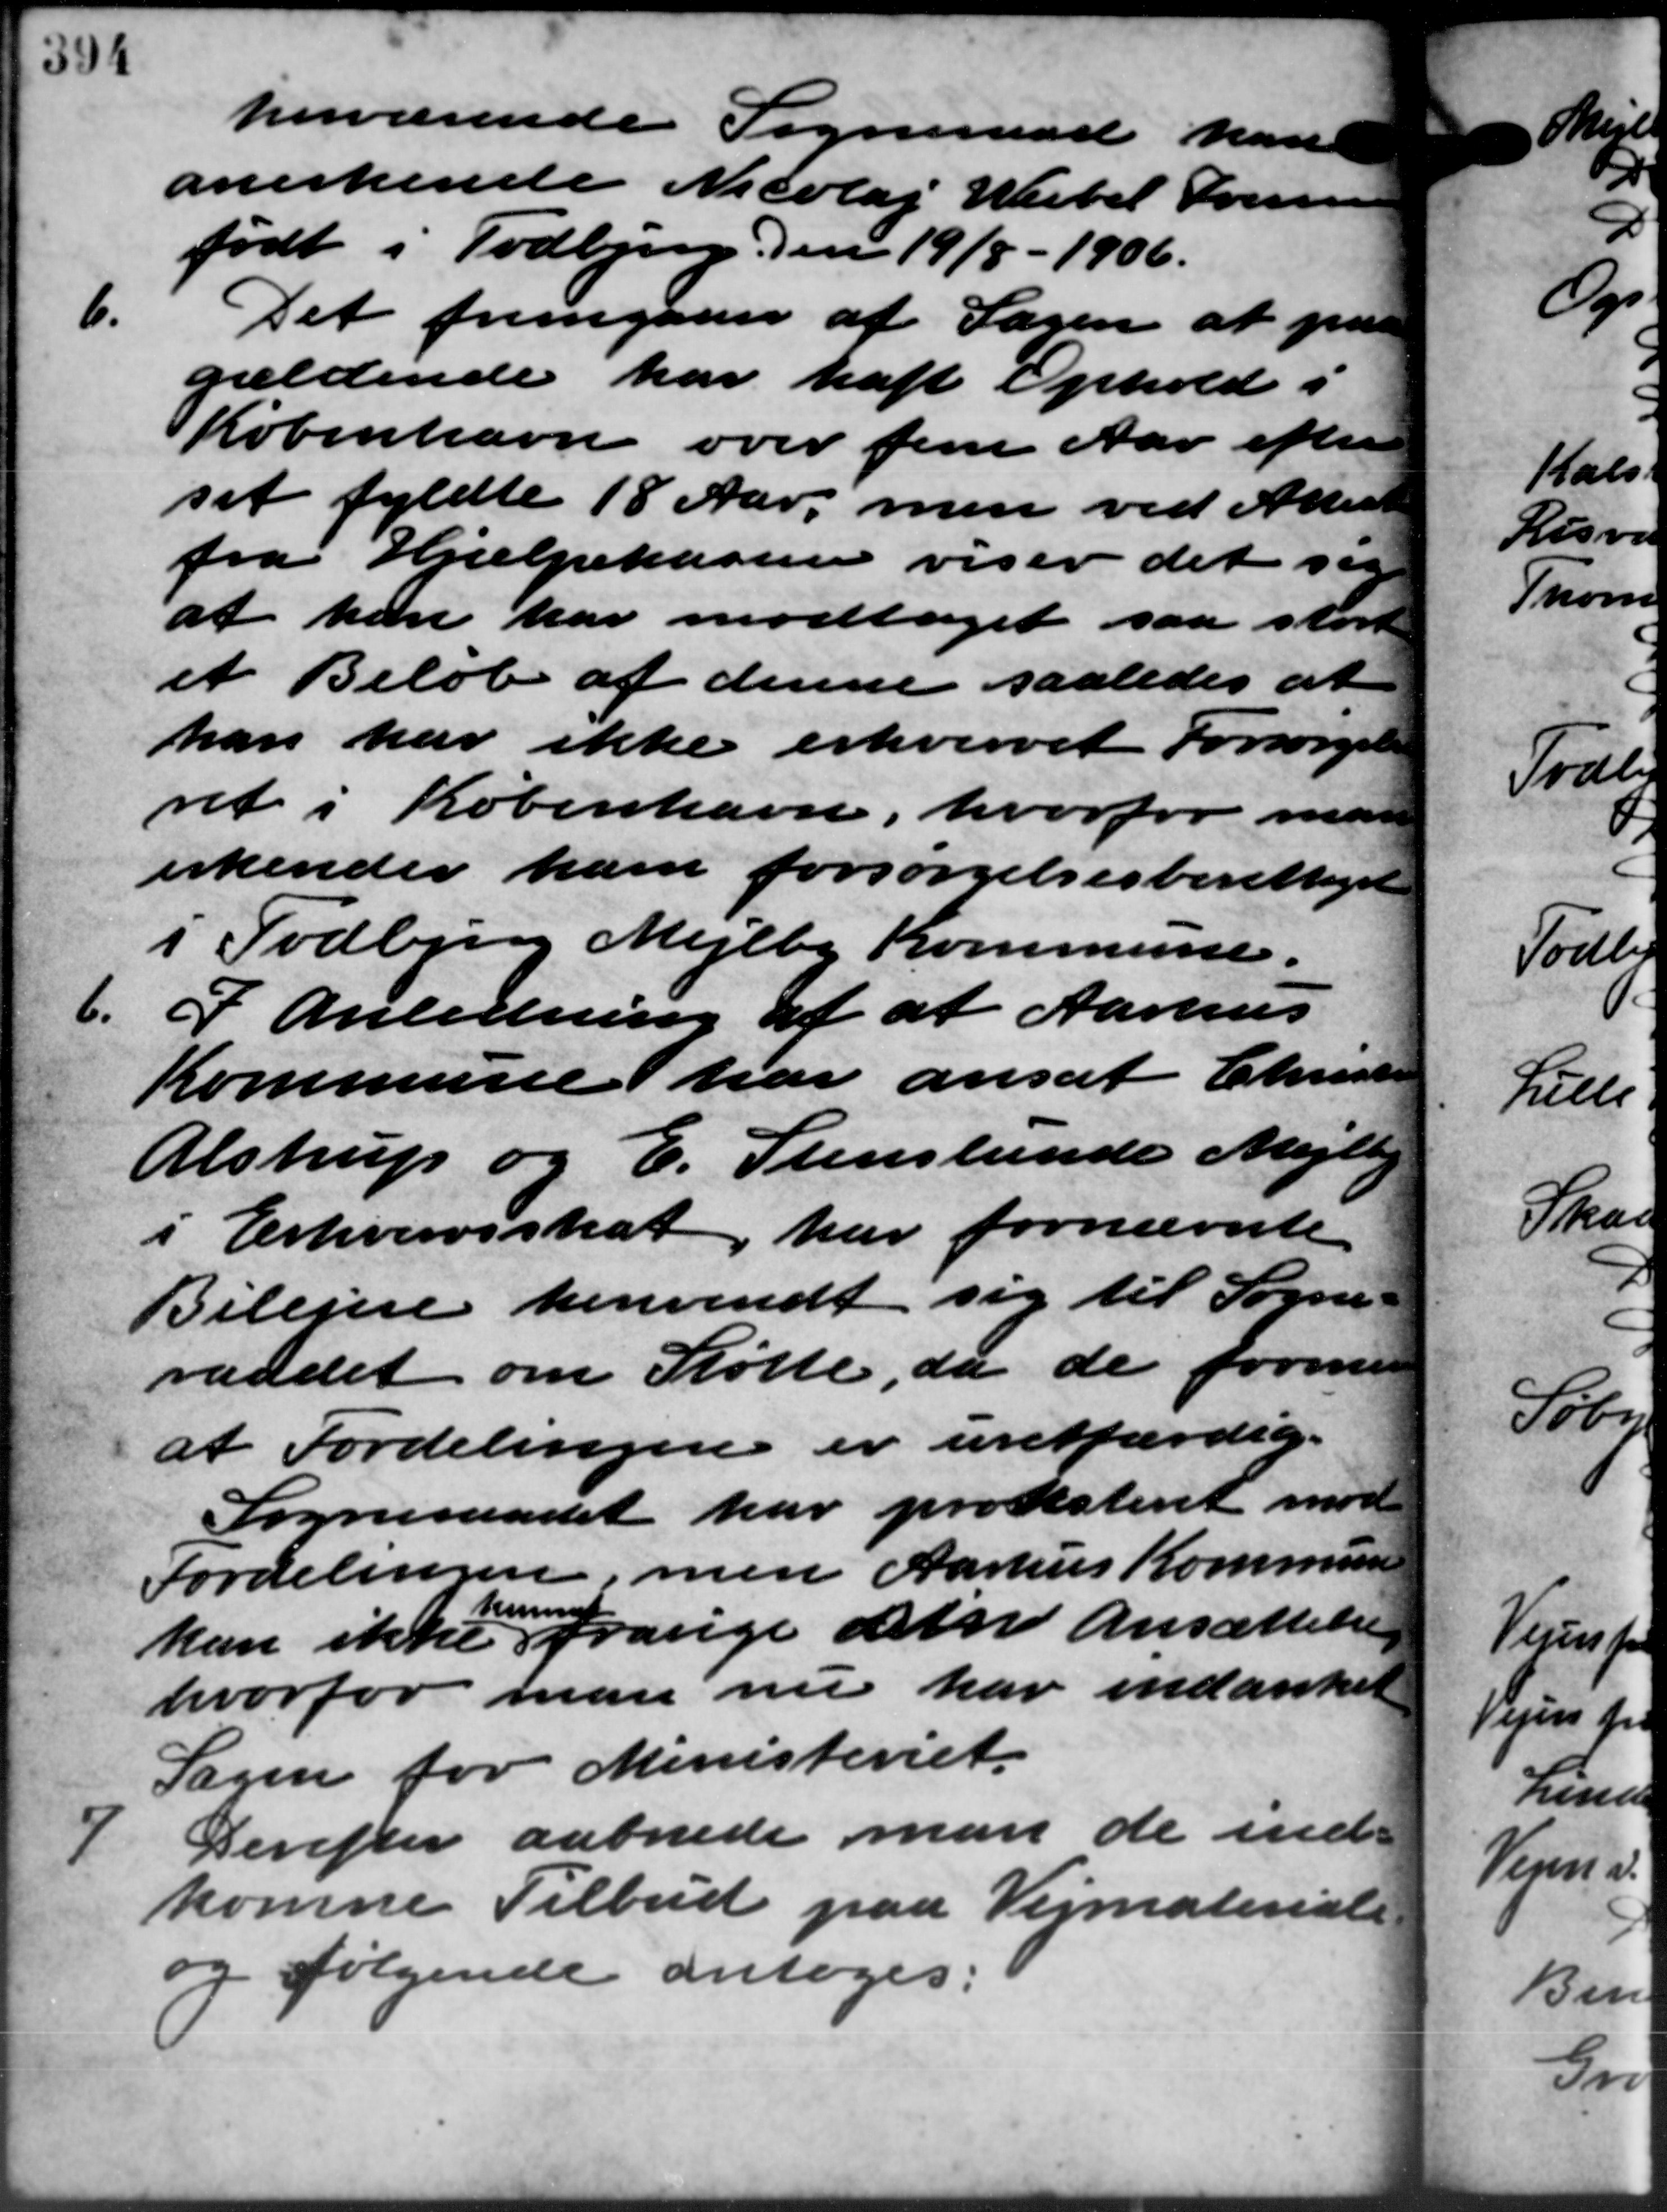
Transskription:
herværende Sogneraad kan
anerkende Nicolaj Wibel Sørensen
født i Todbjerg den 19/8 – 1906.
6.
Det fremgaaer af Sagen at paa
gældende har haft Ophold i
København over fem Aar efter
set fyldte 18 Aar, men ved Attest
fra Hjælpekassen viser det sig
at han har modtaget saa stort
et Beløb af denne saaledes at
han har ikke erhvervet Forsørgelse
ret i København, hvorfor man
erkender ham forsørgelsesberettiget
i Todbjerg Mejlby Kommune.
6.
I Anledning af at Aarhus
Kommune har ansat Christensen
Alstrup og E. Stenslunde Mejlby
i Erhvervsskat har fornævnte
Bilejere henvendt sig til Sogne –
raadet om Støtte, da de formen
at Fordelingen er uretfærdig.
Sogneraadet har protesteret mod
Fordelingen, men Aarhus Kommunen
kan ikke frasige den Ansættelse
kunne
hvorfor man nu har indanket
Sagen for Ministeriet.

Derefter aabnede man de ind-
komne Tilbud paa Vejmateriale
g følgende antoges: